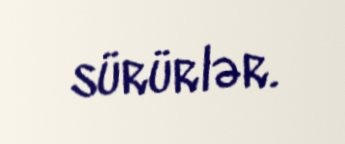
sürürlər.